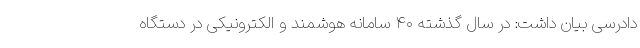
دادرسی بیان داشت: در سال گذشته ۴۰ سامانه هوشمند و الکترونیکی در دستگاه